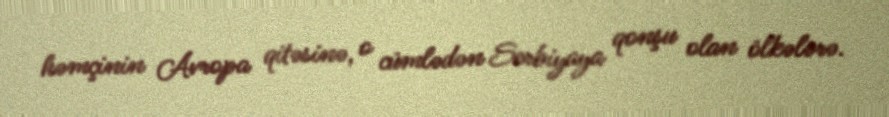
həmçinin Avropa qitəsinə, o cümlədən Serbiyaya qonşu olan ölkələrə.